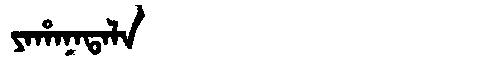
Manchu: ᠶᠠᡥᠠᠨᠠᡨᠠᠯᠠ
Romanization: YAHANATALA